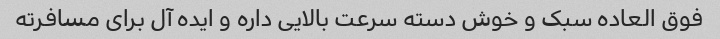
فوق العاده سبک و خوش دسته سرعت بالایی داره و ایده آل برای مسافرته